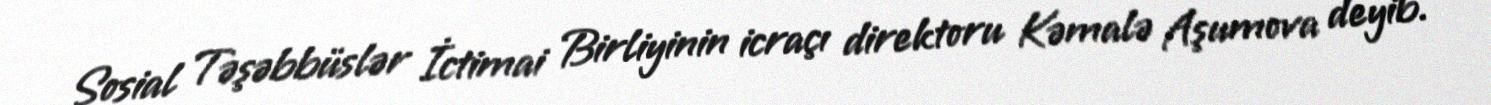
Sosial Təşəbbüslər İctimai Birliyinin icraçı direktoru Kəmalə Aşumova deyib.